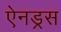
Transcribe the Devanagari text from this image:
ऐनड्रस